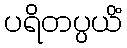
ပရိတပ္ပယိံ